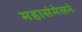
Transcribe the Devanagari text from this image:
महासंमेलने